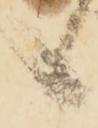
候